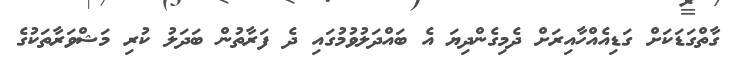
ގާތްގަޑަކަށް ގަޑިއެއްހާއިރަށް ދެމިގެންދިޔަ އެ ބައްދަލުވުމުގައި ދެ ފަރާތުން ބަދަލު ކުރި މަޝްވަރާތަކުގެ